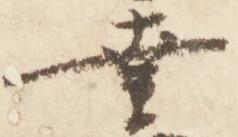
幸